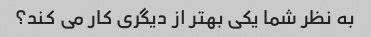
به نظر شما یکی بهتر از دیگری کار می کند؟